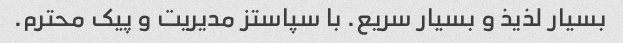
بسیار لذیذ و بسیار سریع. با سپاستز مدیریت و پیک محترم.